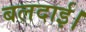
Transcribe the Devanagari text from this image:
बलदाई।